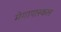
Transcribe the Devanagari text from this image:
मेगापास्कल